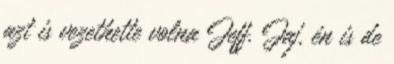
azt is vezethette volna Jeff. Jaj, én is de